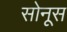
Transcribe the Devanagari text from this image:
सोनूस